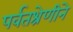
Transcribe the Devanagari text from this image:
पर्वतश्रेणीने